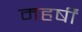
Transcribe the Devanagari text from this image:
महर्षीं